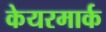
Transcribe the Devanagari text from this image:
केयरमार्क